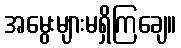
အမွေးများမရှိကြချေ။